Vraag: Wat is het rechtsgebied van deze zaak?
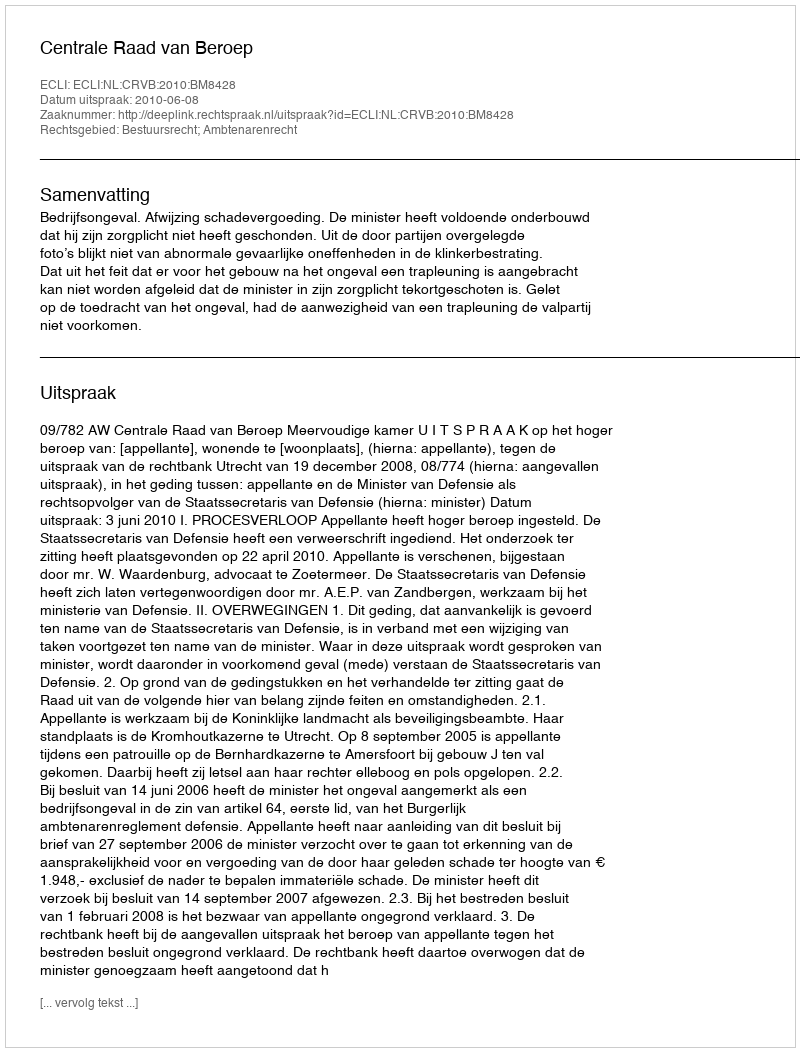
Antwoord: Bestuursrecht; Ambtenarenrecht